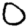
Digit: 0